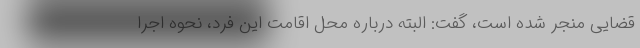
قضایی منجر شده است، گفت: البته درباره محل اقامت این فرد، نحوه اجرا